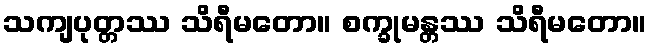
သကျပုတ္တဿ သိရီမတော။ စက္ခုမန္တဿ သိရီမတော။